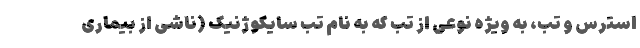
استرس و تب، به ویژه نوعی از تب که به نام تب سایکوژنیک (ناشی از بیماری